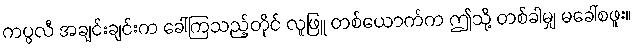
ကပ္ပလီ အချင်းချင်းက ခေါ်ကြသည့်တိုင် လူဖြူ တစ်ယောက်က ဤသို့ တစ်ခါမျှ မခေါ်စဖူး။